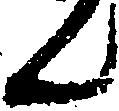
ん